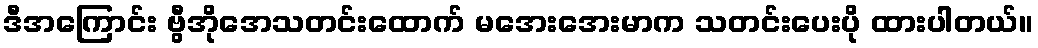
ဒီအကြောင်း ဗွီအိုအေသတင်းထောက် မအေးအေးမာက သတင်းပေးပို ထားပါတယ်။